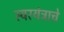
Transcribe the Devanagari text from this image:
स्वरयंत्राचे